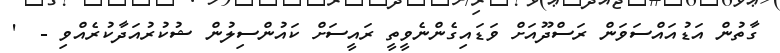
ގާތުން އަޑުއައްސަވަން ރަސްދޫއަށް ވަޑައިގެންނެވީތީ ރައީސަށް ކައުންސިލުން ޝުކުރުއަދާކުރެއްވި -  '